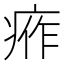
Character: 𤶙